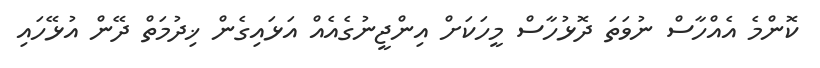
ކޮންމެ އެއްހާސް ނުވަތަ ދޮޅުހާސް މީހަކަށް އިންޖީނުގެއެއް އަޅައިގެން ޚިދުމަތް ދޭން އުޅޭހައި